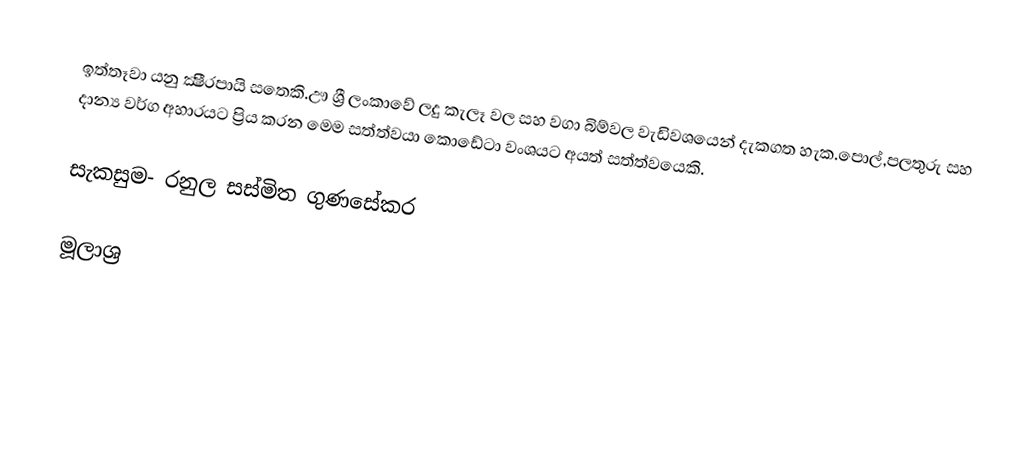
ඉත්තෑවා යනු ක්‍ෂීරපායි සතෙකි.ඌ ශ්‍රී ලංකාවේ ලදු කැලෑ වල සහ වගා බිම්වල වැඩිවශයෙන් දැකගත හැක.පොල්,පලතුරු සහ දාන්‍ය වර්ග අහාරයට ප්‍රිය කරන මෙම සත්ත්වයා කොඩේටා වංශයට අයත් සත්ත්වයෙකි.

සැකසුම- රනුල සස්මිත ගුණසේකර

මූලාශ්‍ර